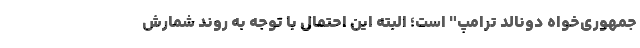
جمهوری‌خواه دونالد ترامپ" است؛ البته این احتمال با توجه به روند شمارش